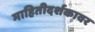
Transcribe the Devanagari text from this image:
माहितीदर्शकावर